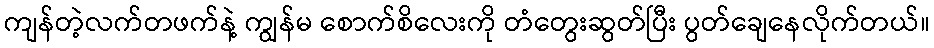
ကျန်တဲ့လက်တဖက်နဲ့ ကျွန်မ စောက်စိလေးကို တံတွေးဆွတ်ပြီး ပွတ်ချေနေလိုက်တယ်။